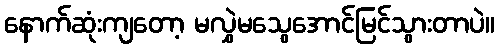
နောက်ဆုံးကျတော့ မလွှဲမသွေအောင်မြင်သွားတာပဲ။